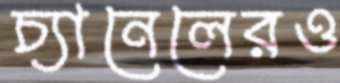
চ্যানেলেরও